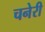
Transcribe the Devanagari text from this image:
चनेरी